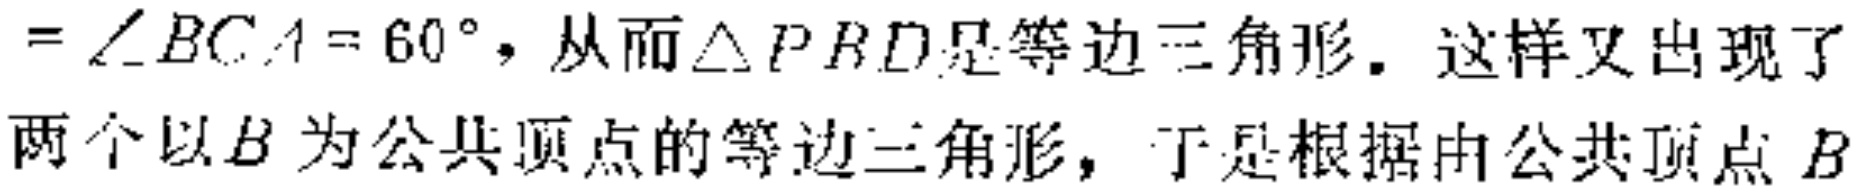
$= \angle BCA = 60^{\circ}，从而\triangle PBD是等边三角形。这样又出现了\\两个以B为公共顶点的等边三角形，于是根据由公共顶点B$